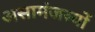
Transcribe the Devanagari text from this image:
असामंजस्यों